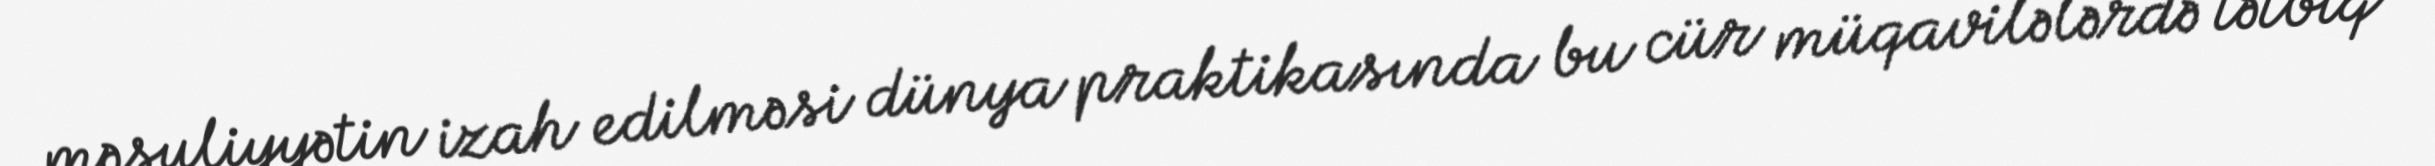
məsuliyyətin izah edilməsi dünya praktikasında bu cür müqavilələrdə tətbiq